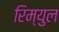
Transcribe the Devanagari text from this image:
रिम्युल